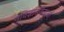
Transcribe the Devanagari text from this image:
नृविज्ञानवेत्ताओं